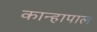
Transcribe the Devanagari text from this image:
कान्हापाल